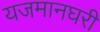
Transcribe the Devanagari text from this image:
यजमानघरी